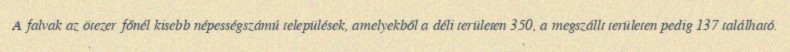
A falvak az ötezer főnél kisebb népességszámú települések, amelyekből a déli területen 350, a megszállt területen pedig 137 található.